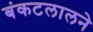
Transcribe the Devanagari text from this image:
बंकटलालने